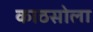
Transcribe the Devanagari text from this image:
काठसोला